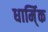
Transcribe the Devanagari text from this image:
धार्मि्क